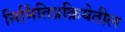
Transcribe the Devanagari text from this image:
निर्मितिप्रक्रियेतील